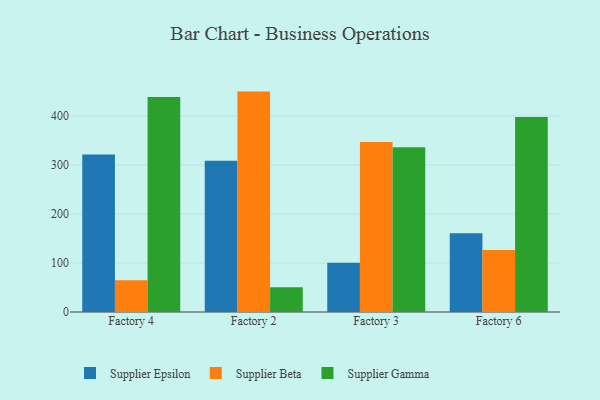
{"axis": {"x": "Factory", "y": "Backlog"}, "legend": ["Supplier Beta", "Supplier Epsilon", "Supplier Gamma"], "data": [{"x": "Factory 4", "y": 321.4, "type": "Supplier Epsilon"}, {"x": "Factory 4", "y": 65.0, "type": "Supplier Beta"}, {"x": "Factory 4", "y": 438.6, "type": "Supplier Gamma"}, {"x": "Factory 2", "y": 308.6, "type": "Supplier Epsilon"}, {"x": "Factory 2", "y": 449.7, "type": "Supplier Beta"}, {"x": "Factory 2", "y": 50.3, "type": "Supplier Gamma"}, {"x": "Factory 3", "y": 100.6, "type": "Supplier Epsilon"}, {"x": "Factory 3", "y": 347.1, "type": "Supplier Beta"}, {"x": "Factory 3", "y": 336.3, "type": "Supplier Gamma"}, {"x": "Factory 6", "y": 160.8, "type": "Supplier Epsilon"}, {"x": "Factory 6", "y": 126.4, "type": "Supplier Beta"}, {"x": "Factory 6", "y": 397.9, "type": "Supplier Gamma"}]}